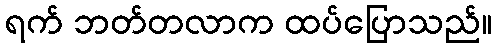
ရက် ဘတ်တလာက ထပ်ပြောသည်။